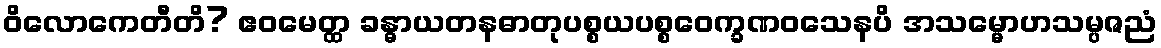
ဝိလောကေတီတိ? ဧဝမေတ္ထ ခန္ဓာယတနဓာတုပစ္စယပစ္စဝေက္ခဏဝသေနပိ အသမ္မောဟသမ္ပဇညံ